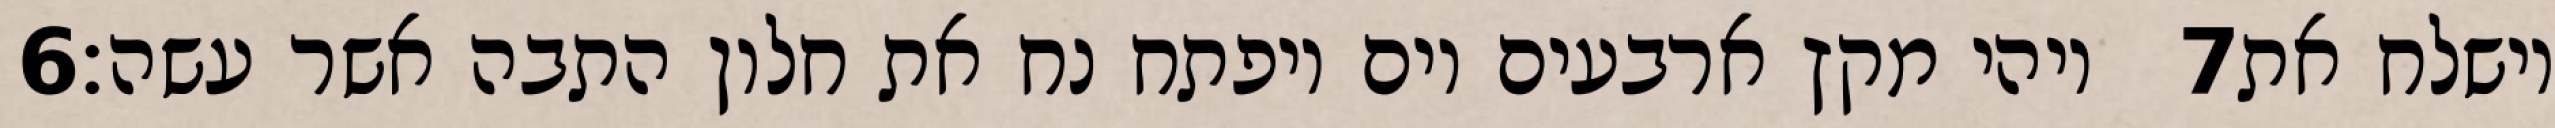
‎6‏ ויהי מקץ ארבעים יום ויפתח נח את חלון התבה אשר עשה׃ ‎7‏ וישלח את